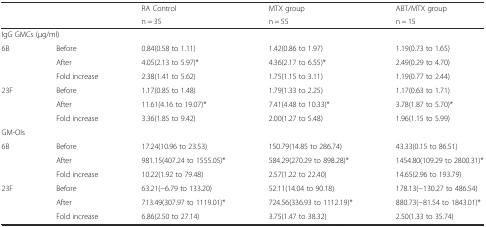
| <ROWSPAN=2>  | <ROWSPAN=2>  | RA Control | MTX group | ABT/MTX group |
 | n = 35 | n = 55 | n = 15 |
 | --- | --- | --- | --- | --- |
 | <COLSPAN=5> IgG GMCs (μg/ml) |
 | 6B | Before | 0.84(0.58 to 1.11) | 1.42(0.86 to 1.97) | 1.19(0.73 to 1.65) |
 |  | After | 4.05(2.13 to 5.97)* | 4.36(2.17 to 6.55)* | 2.49(0.29 to 4.70) |
 |  | Fold increase | 2.38(1.41 to 5.62) | 1.75(1.15 to 3.11) | 1.19(0.77 to 2.44) |
 | 23F | Before | 1.17(0.85 to 1.48) | 1.79(1.33 to 2.25) | 1.17(0.63 to 1.71) |
 |  | After | 11.61(4.16 to 19.07)* | 7.41(4.48 to 10.33)* | 3.78(1.87 to 5.70)* |
 |  | Fold increase | 3.36(1.85 to 9.42) | 2.00(1.27 to 5.48) | 1.96(1.15 to 5.99) |
 | <COLSPAN=5> GM-OIs |
 | 6B | Before | 17.24(10.96 to 23.53) | 150.79(14.85 to 286.74) | 43.33(0.15 to 86.51) |
 |  | After | 981.15(407.24 to 1555.05)* | 584.29(270.29 to 898.28)* | 1454.80(109.29 to 2800.31)* |
 |  | Fold increase | 10.22(1.92 to 79.48) | 2.57(1.22 to 22.40) | 14.65(2.96 to 193.79) |
 | 23F | Before | 63.21(−6.79 to 133.20) | 52.11(14.04 to 90.18) | 178.13(−130.27 to 486.54) |
 |  | After | 713.49(307.97 to 1119.01)* | 724.56(336.93 to 1112.19)* | 880.73(−81.54 to 1843.01)* |
 |  | Fold increase | 6.86(2.50 to 27.14) | 3.75(1.47 to 38.32) | 2.50(1.33 to 35.74) |